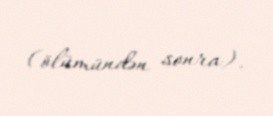
(ölümündən sonra).